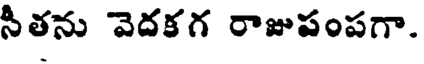
సితను వెదకగ రాజుపంపగా.